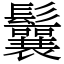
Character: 鬤